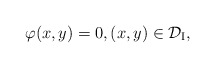
\begin{align*}\varphi(x,y)=0,(x,y)\in\mathcal{D}_\mathrm{I},\end{align*}